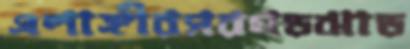
এলাঙ্গীরসরগড়ঝাড়